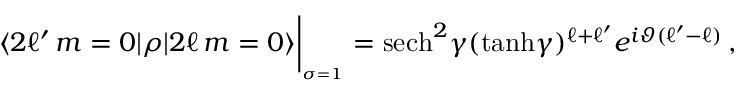
\langle 2 \ell ^ { \prime } \, m = 0 \vert \rho \vert 2 \ell \, m = 0 \rangle \bigg \vert _ { _ { \sigma = 1 } } = \mathrm { s e c h } ^ { 2 } \gamma ( \mathrm { t a n h } \gamma ) ^ { \ell + \ell ^ { \prime } } e ^ { i \vartheta ( \ell ^ { \prime } - \ell ) } \, ,